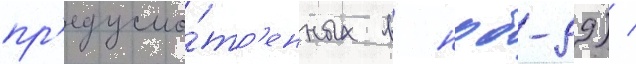
пр'едусмо́тр'енных в нрб-99) /